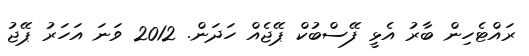
ރައްޓެހިން ބާރު އެޅީ ފޭސްބުކް ޕޭޖެއް ހަދަން. 2012 ވަނަ އަހަރު ޕޭޖު